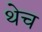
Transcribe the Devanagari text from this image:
थेच